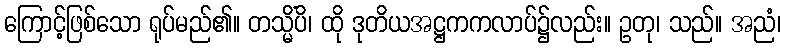
ကြောင့်ဖြစ်သော ရုပ်မည်၏။ တသ္မိံပိ၊ ထို ဒုတိယအဋ္ဌကကလာပ်၌လည်း။ ဥတု၊ သည်။ အညံ၊